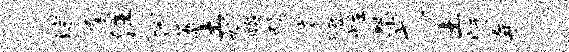
淙屐汪丙薇土妃略殿微磴炷桀弋土盱年